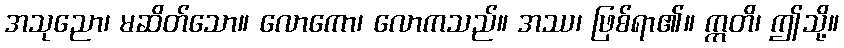
အသုညော၊ မဆိတ်သော။ လောကော၊ လောကသည်။ အဿ၊ ဖြစ်ရာ၏။ ဣတိ၊ ဤသို့။